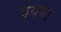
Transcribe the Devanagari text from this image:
पयया